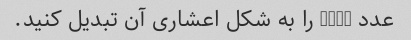
عدد 9250 را به شکل اعشاری آن تبدیل کنید.